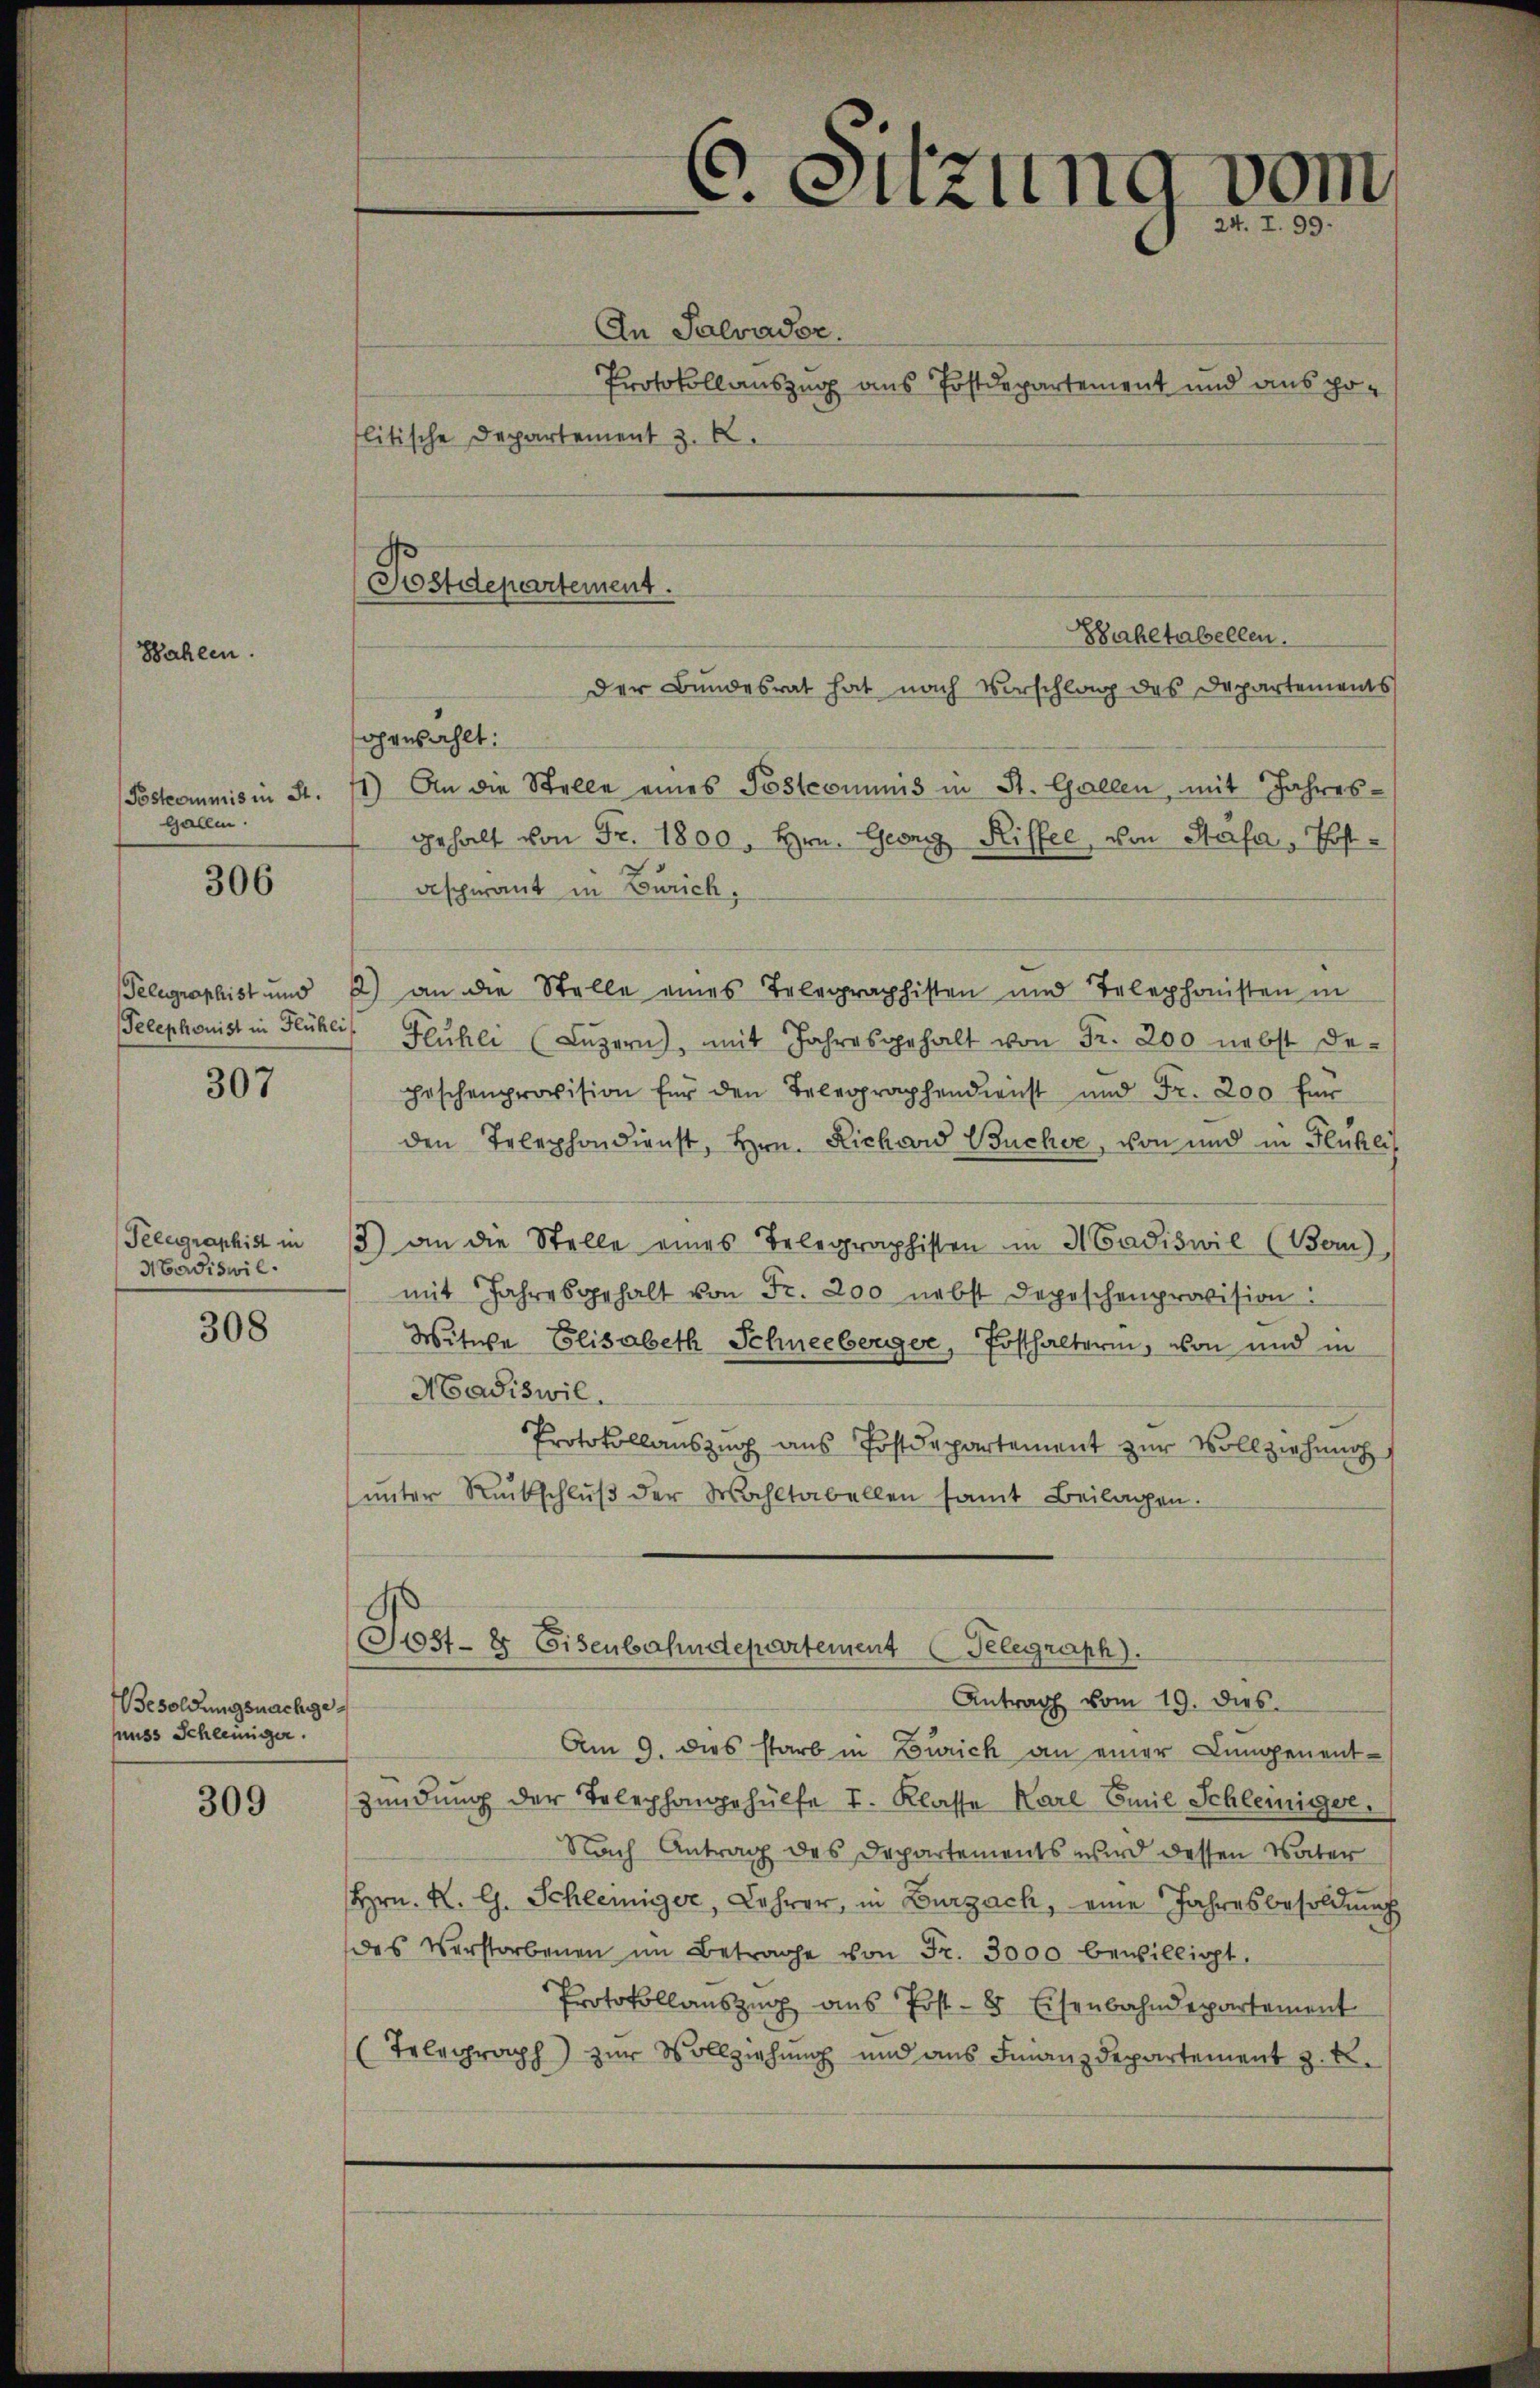
Wahlen

Postcommis in St.
Gallen.

306

Telephonist in Flühli

307

Telegraphist in
Mawdiswil.

308

esoldungsnachgeunss Schleuniger.

309

Postdepartement.

gewählt:

C. Sitzung vom
24. I. 99.

An Salvader.
Protokollauszug aus Postdepartement und aus poflitische Departement z. R.

Der Bundesrat hat nach Vorschlag des Departements
1) An die Stelle eines Postconiums in St. Gallen, mit Jahres-
gehalt von Fr. 1800. Hrn. Georg Riffel, von Stäfa, Postaspirant in Zürich,
Telegraphist und 2) an die Stelle eines Telegraphisten und Telephonisten in
Flühli (Luzern, mit Jahresgehalt von Fr. 200 nebst de-
haschenprovision für den Telegraphendienst und Fr. 200 für
den Telephondienst, Hrn. Richard Buchse, von und in Flühli
3) an die Stelle eines Telegraphisten in Madiswil (Bern),
mit Jahresgehalt von Fr. 200 nebst Depeschenprovision:
Witwe Elisabeth Schneeberger, Posthalterin, von und in
Madiswil.
Protokollauszug aus Postdepartement zur Vollziehung
ŭnter Rückschlŭβ der Wahltabellen samt Beilagen.
Post- & Eisenbahndepartement Telegraph).
Antrag vom 19. dies
Am 9. dies starb in Zürich an einer Lungenentzündung der Telephongehülfe I. Klasse Karl Emil Schleiniger.
Nach Antrag des Departements wird dessen Vater
Hrn. K. G. Schleiniger, Lehrer, in Zurzach, eine Jahresbesoldung
das Verstorbenen im Betrage von Fr. 3000 bewilligt.
Protokollaŭszŭg aŭs Post- & Eisenbahndepartement
(Telegraph zur Vollziehung und aus Finanzdepartement z. B.

Zahltabellen.